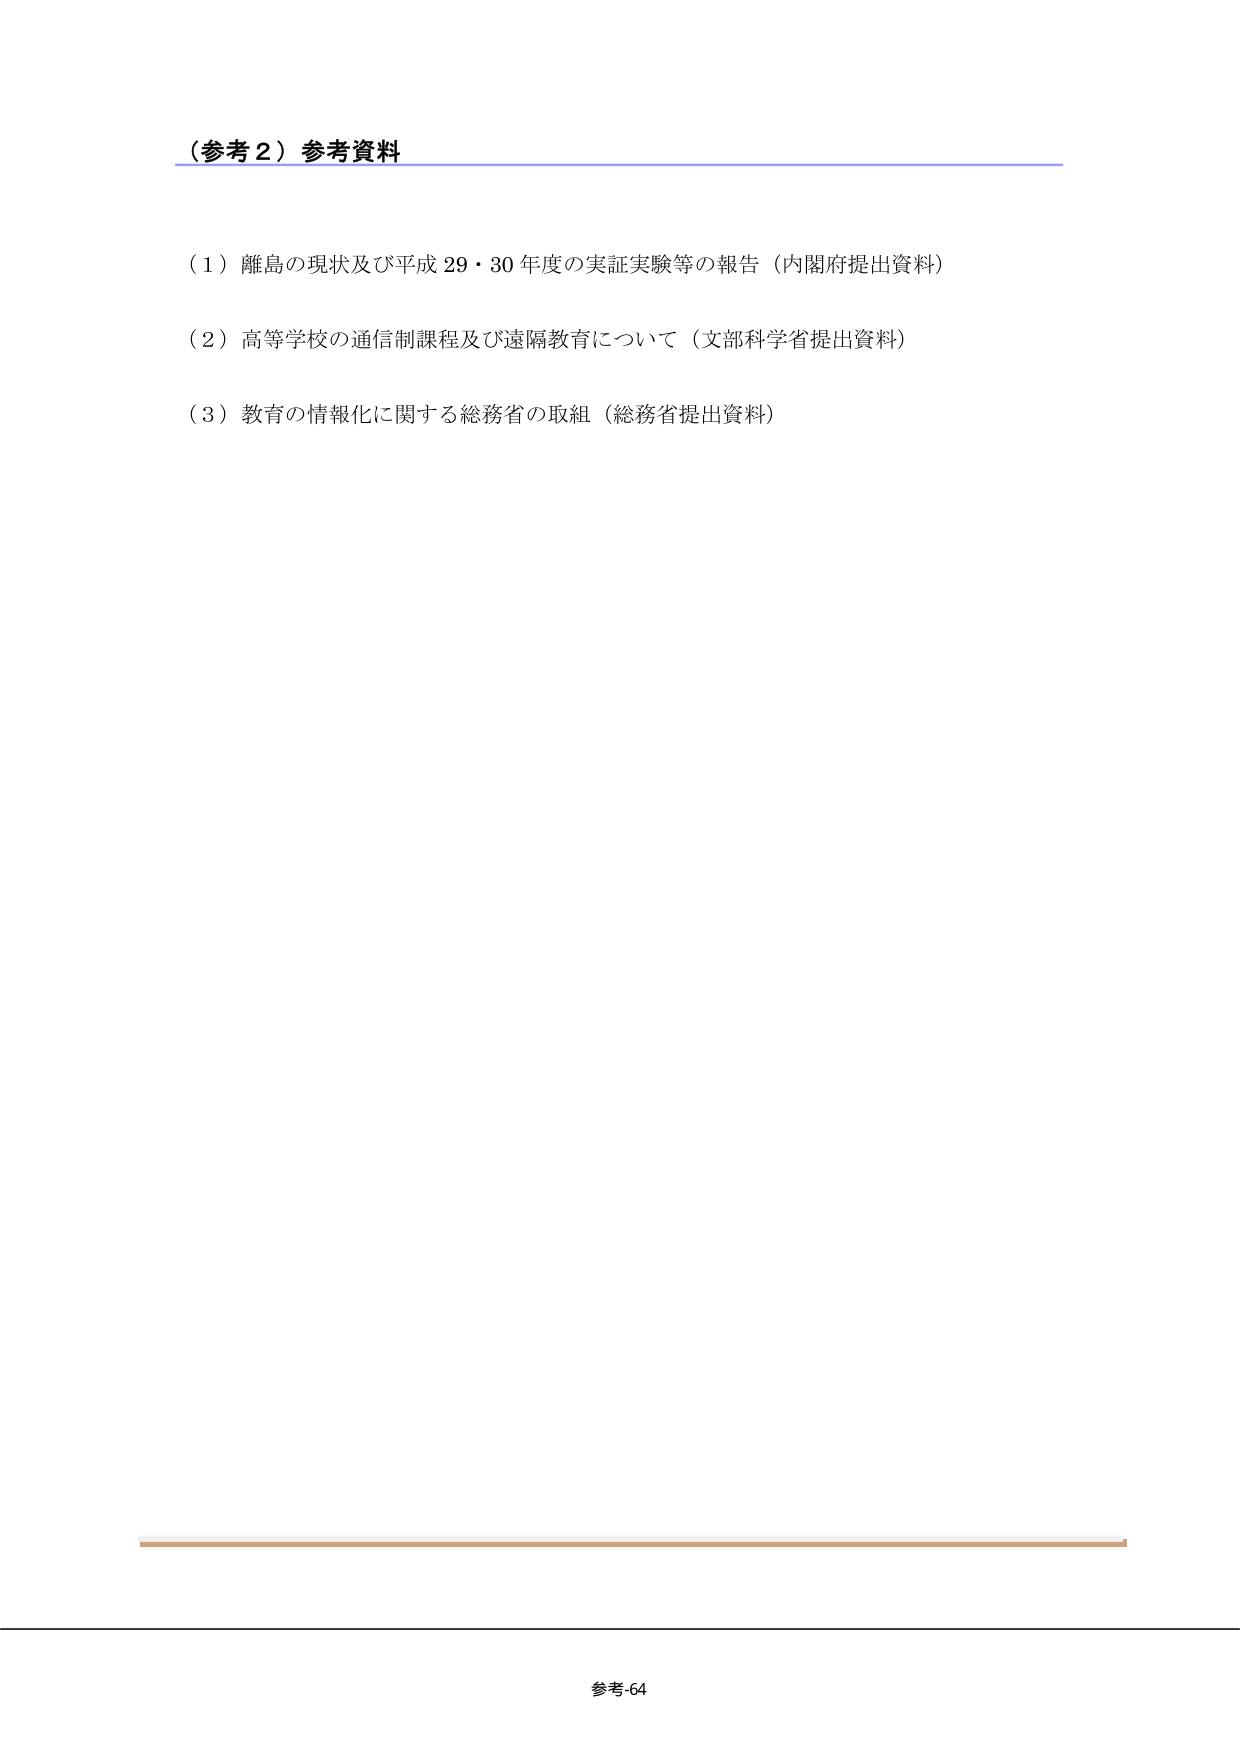
（参考２）参考資料

（１）離島の現状及び平成29・30年度の実証実験等の報告（内閣府提出資料）

（２）高等学校の通信制課程及び遠隔教育について（文部科学省提出資料）

（３）教育の情報化に関する総務省の取組（総務省提出資料）

参考-64